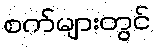
စက်များတွင်